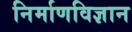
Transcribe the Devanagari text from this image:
निर्माणविज्ञान